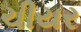
ચીયર